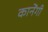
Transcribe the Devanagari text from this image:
कानेंगी